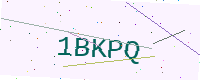
Text: 1BKPQ